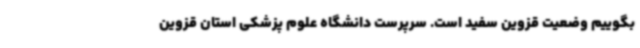
بگوییم وضعیت قزوین سفید است. سرپرست دانشگاه علوم پزشکی استان قزوین